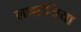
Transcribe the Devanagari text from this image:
लाग्रांजिया